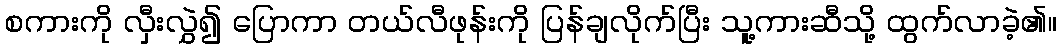
စကားကို လှီးလွှဲ၍ ပြောကာ တယ်လီဖုန်းကို ပြန်ချလိုက်ပြီး သူ့ကားဆီသို့ ထွက်လာခဲ့၏။